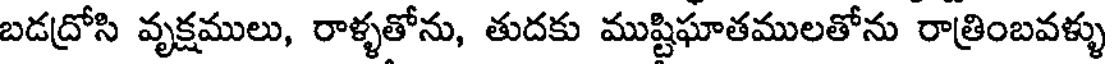
బడద్రోసి వృక్షములు, రాళ్ళతోను, తుదకు ముష్టిఘాతములతోను రాత్రింబవళ్ళు